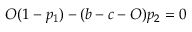
O ( 1 - p _ { 1 } ) - ( b - c - O ) p _ { 2 } = 0